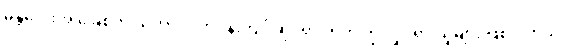
မန္တလေးအ ခြေစိုက် သဘာဝပတ်ဝန်းကျင်ဆိုင်ရာ တက်ကြွ လှုပ်ရှားသူများ ဖြစ်ပါတယ်။